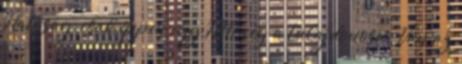
Hatóság, csak éppen egy HM-cég a tulajdonosa. Van az